Annual administration report of the Civil Veterinary Department, Ajmere-Merwara, British Rajputana - 1914-1940
Year: 1914
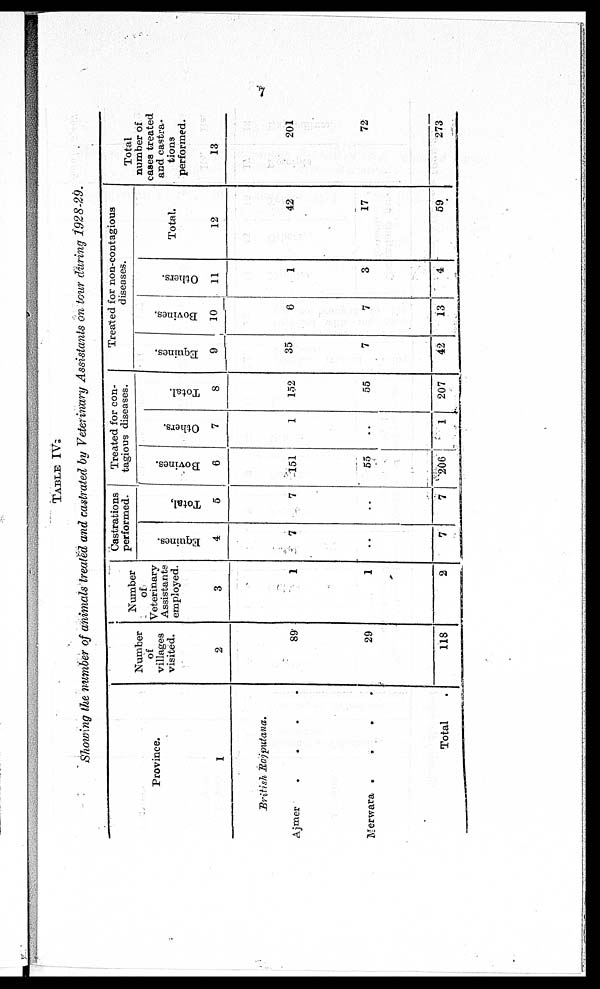
7
TABLE
IV.
Showing the number of animals treated and castrated by Veterinary
Assistants
on tour during
1928-29.
Province.
1
British
Rajputana.
Ajmer
.
.
.
.
Merwara . . . . .
Total .
Number
of
villages
visited.
2
89
29
118
Number
of
Veterinary
Assistants
employed.
3
1
1
2
Castrations
performed.
Equines.
4
7
..
7
Total.
5
7
..
7
Treated for con-
tagious diseases.
Bovines.
6
151
55
206
Others.
7
1
..
1
Total.
8
152
55
207
Treated for non-contagious
diseases.
Equines.
9
35
7
42
Bovines.
10
6
7
13
Others.
11
1
3
4
Total.
12
42
17
59
Total
number of
cases treated
and castra-
tions
performed.
13
201
72
273